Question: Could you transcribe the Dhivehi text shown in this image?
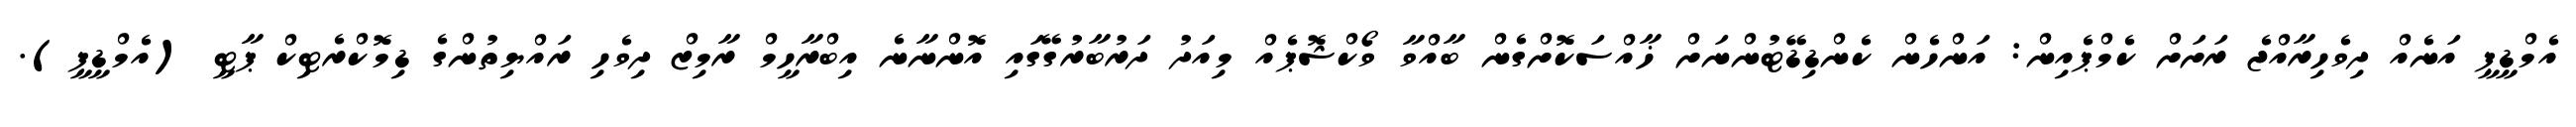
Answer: އެމްޑީޕީ އަނެއް ދިވެހިރާއްޖެ ރަށަށް ކެމްޕެއިން: އަންހެން ކެންޑިޑޭޓުންނަށް ޚާއްސަކޮށްގެން ބާއްވާ ވޯކްޝޮޕެއް މިއަދު ދަރުބާރުގޭގައި އޮންނާނެ އިބްރާހީމް ރާމިޒް ދިވެހި ރައްޔިތުންގެ ޑިމޮކްރެޓިކް ޕާޓީ (އެމްޑީޕީ).